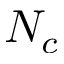
N _ { c }